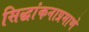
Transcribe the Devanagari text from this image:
सिद्धांकनाप्रमाणे